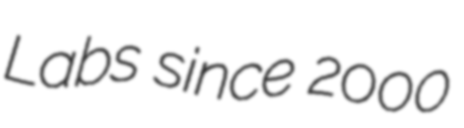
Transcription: Labs since 2000